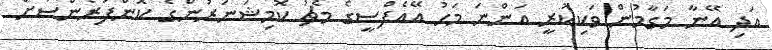
އަދި އޭނާ މަގާމުން ވަކިކުރީ އަންނަ މަހު އޭއެފްސީގެ މެޗު ކޮމިޝަނަރުންގެ ކޮންފަރެންސަށް